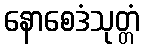
နောစေဒံသုတ္တံ